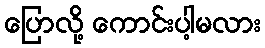
ပြောလို့ ကောင်းပါ့မလား